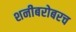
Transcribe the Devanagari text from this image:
शनीबरोबरच